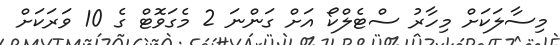
މިސާލަކަށް މިހާރު ސްޓެލްކޯ އަށް ގަންނަ 2 މެގަވޮޓް ގެ 10 ވަރަކަށް